Document type: Dowry acquittance
Year: 1427
Scribe: Pere Tarafa
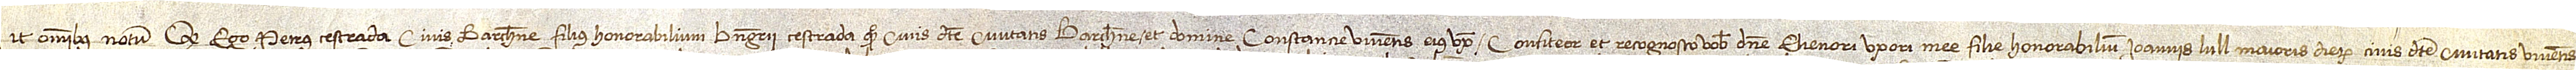
Sit omnibus notum quod ego Petrus Cestrada, civis Barchinone, fillius honorabilium Berengarii Cestrada, quondam, civis dicte civitatis Barchinone, et domine Constancie, viventis, eius uxoris, confiteor et recognosco vobis domine Elienori, uxori mee, filie honorabilium Ioannis Lull, maioris dierum, civis dicte civitatis, viventis,